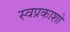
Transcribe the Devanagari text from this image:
स्वप्रकाशो